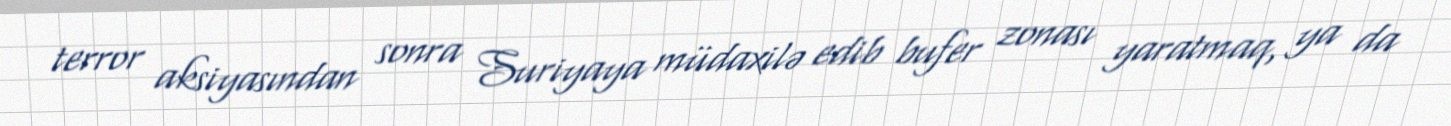
terror aksiyasından sonra Suriyaya müdaxilə edib bufer zonası yaratmaq, ya da